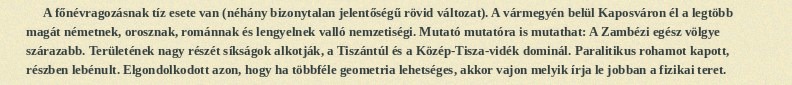
A főnévragozásnak tíz esete van (néhány bizonytalan jelentőségű rövid változat). A vármegyén belül Kaposváron él a legtöbb magát németnek, orosznak, románnak és lengyelnek valló nemzetiségi. Mutató mutatóra is mutathat: A Zambézi egész völgye szárazabb. Területének nagy részét síkságok alkotják, a Tiszántúl és a Közép-Tisza-vidék dominál. Paralitikus rohamot kapott, részben lebénult. Elgondolkodott azon, hogy ha többféle geometria lehetséges, akkor vajon melyik írja le jobban a fizikai teret.